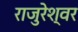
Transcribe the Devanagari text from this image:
राजुरेश्वर